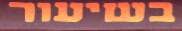
בשיעור